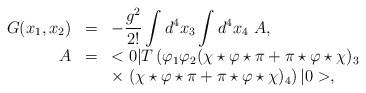
\begin{align*}\begin{array}{rcl}G(x_1,x_2)&=&\displaystyle -\frac{g^2}{2!}\int d^4x_3\int d^4x_4~A,\\A&=&\displaystyle <0|T\left(\varphi_1\varphi_2(\chi\star\varphi\star\pi+\pi\star\varphi\star\chi)_3 \right.\\&&\displaystyle\times\left.(\chi\star\varphi\star\pi+\pi\star\varphi\star\chi)_4 \right)|0>, \end{array}\end{align*}